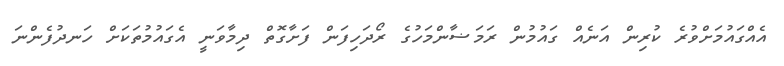
އެއްގައުމަށްވުރެ ކުރިން އަނެއް ގައުމުން ރަމަޟާންމަހުގެ ރޯދަހިފަން ފަށާގޮތް ދިމާވަނީ އެގައުމުތަކަށް ހަނދުފެންނަ